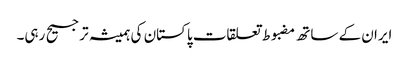
ایران کے ساتھ مضبوط تعلقات پاکستان کی ہمیشہ ترجیح رہی۔